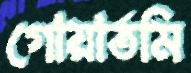
গোয়ার্তমি